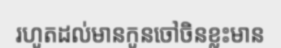
រហូតដល់មានកូនចៅចិនខ្លះមាន